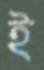
ই